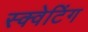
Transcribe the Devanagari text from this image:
स्क्वेटिंग